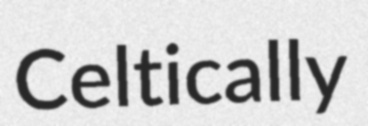
Celtically